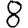
Digit: 8